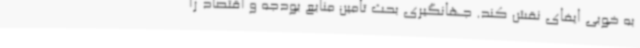
به خوبی ایفای نقش کند. جهانگیری بحث تامین منابع بودجه و اقتصاد را